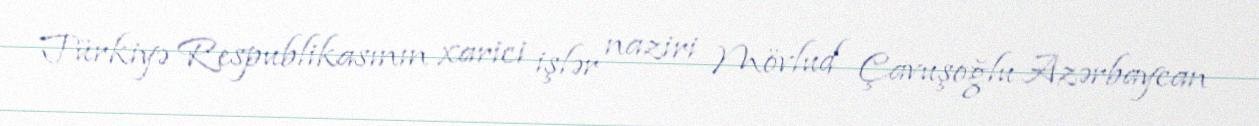
Türkiyə Respublikasının xarici işlər naziri Mövlud Çavuşoğlu Azərbaycan